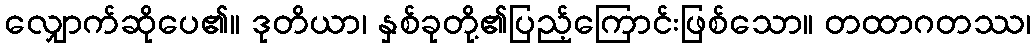
လျှောက်ဆိုပေ၏။ ဒုတိယာ၊ နှစ်ခုတို့၏ပြည့်ကြောင်းဖြစ်သော။ တထာဂတဿ၊